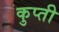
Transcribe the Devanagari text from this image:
कुप्ती